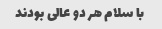
با سلام هر دو عالی بودند